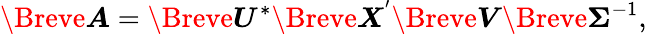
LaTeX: \Breve{\boldsymbol{A}}=\Breve{\boldsymbol{U}^{*}}\Breve{\boldsymbol{X}^{'}}\Breve{\boldsymbol{V}}\Breve{\boldsymbol{\Sigma}}^{-1},